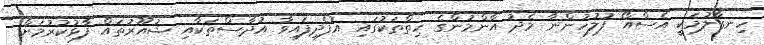
ހިނގާލުމަކީ އެސްއޯ ފުލުހުންނާ މެދު އާންމުންގެ ހިތްތަކުގައި އުފެދިފައިވާ އުދާސްތަކާއި ޝުއޫރުތައް ފާޅުކުރުމަށް